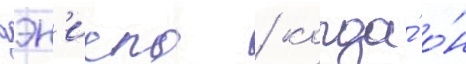
дэн'иела / когда́ о́н